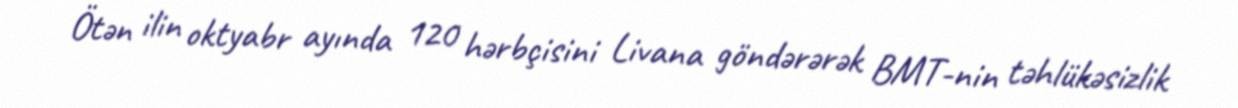
Ötən ilin oktyabr ayında 120 hərbçisini Livana göndərərək BMT-nin təhlükəsizlik